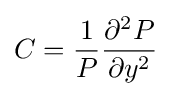
C={\frac {1}{P}}{\frac {\partial ^{2}P}{\partial y^{2}}}